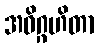
အဓိဂ္ဂဟိတာ